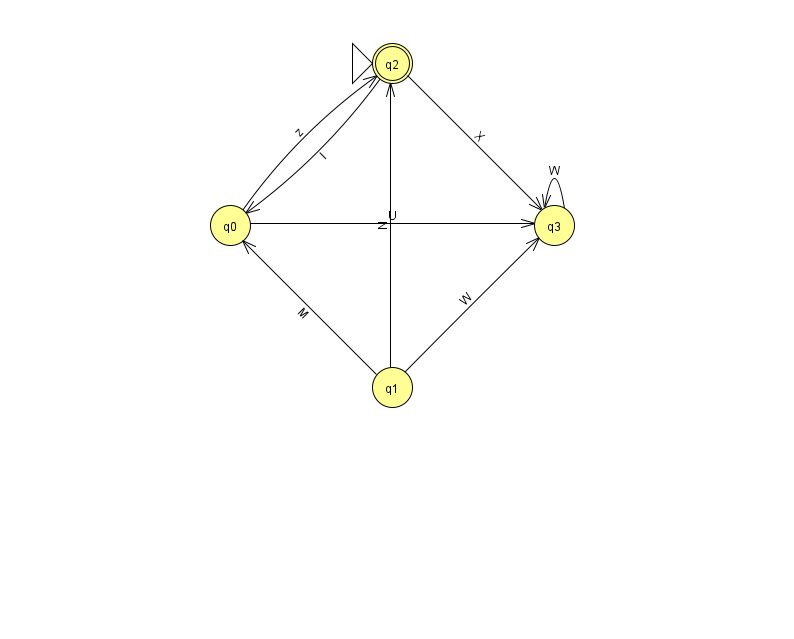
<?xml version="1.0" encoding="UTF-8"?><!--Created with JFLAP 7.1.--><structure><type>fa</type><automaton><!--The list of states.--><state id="0" name="q0"><x>230.0</x><y>212.0</y></state><state id="1" name="q1"><x>392.0</x><y>374.0</y></state><state id="2" name="q2"><x>392.0</x><y>50.0</y><initial/><final/></state><state id="3" name="q3"><x>554.0</x><y>212.0</y></state><!--The list of transitions.--><transition><from>2</from><to>0</to><read>l</read></transition><transition><from>1</from><to>3</to><read>W</read></transition><transition><from>0</from><to>2</to><read>z</read></transition><transition><from>1</from><to>2</to><read>N</read></transition><transition><from>0</from><to>3</to><read>U</read></transition><transition><from>2</from><to>3</to><read>X</read></transition><transition><from>3</from><to>3</to><read>W</read></transition><transition><from>1</from><to>0</to><read>M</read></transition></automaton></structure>